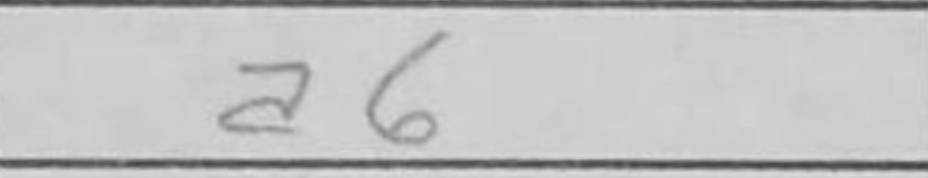
Transcription: a6